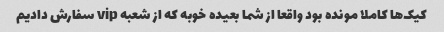
کیک‌ها کاملا مونده بود واقعا از شما بعیده خوبه که از شعبه vip سفارش دادیم